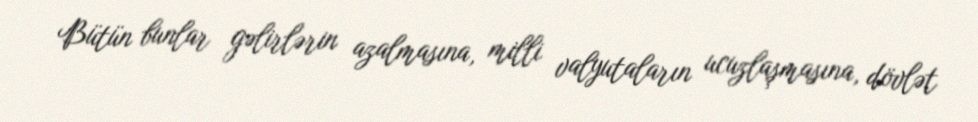
Bütün bunlar gəlirlərin azalmasına, milli valyutaların ucuzlaşmasına, dövlət